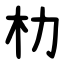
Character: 朸